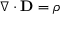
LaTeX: \nabla \cdot \mathbf { D } = \rho